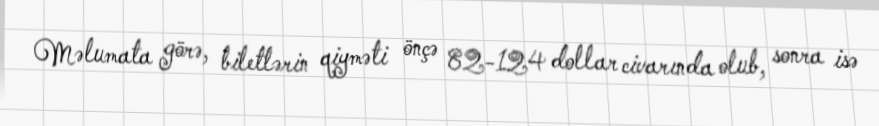
Məlumata görə, biletlərin qiyməti önçə 82-124 dollar civarında olub, sonra isə